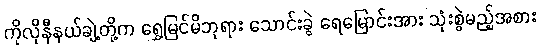
ကိုလိုနီနယ်ချဲ့တို့က ရွှေမြင်မိဘုရား သောင်းခွဲ ရေမြောင်းအား သုံးစွဲမည့်အစား